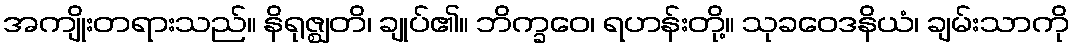
အကျိုးတရားသည်။ နိရုဇ္ဈတိ၊ ချုပ်၏။ ဘိက္ခဝေ၊ ရဟန်းတို့။ သုခဝေဒနိယံ၊ ချမ်းသာကို